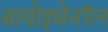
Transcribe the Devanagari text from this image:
बायोइथेनॉल